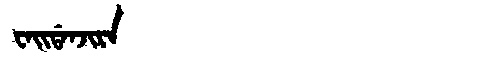
Manchu: ᠸᠠᡳᡩᠠᠨᠵᡳᡵᠠ
Romanization: WAIDANJIRA